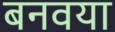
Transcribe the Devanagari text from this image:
बनवया